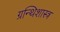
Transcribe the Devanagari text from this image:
ग्रन्थिशास्त्र